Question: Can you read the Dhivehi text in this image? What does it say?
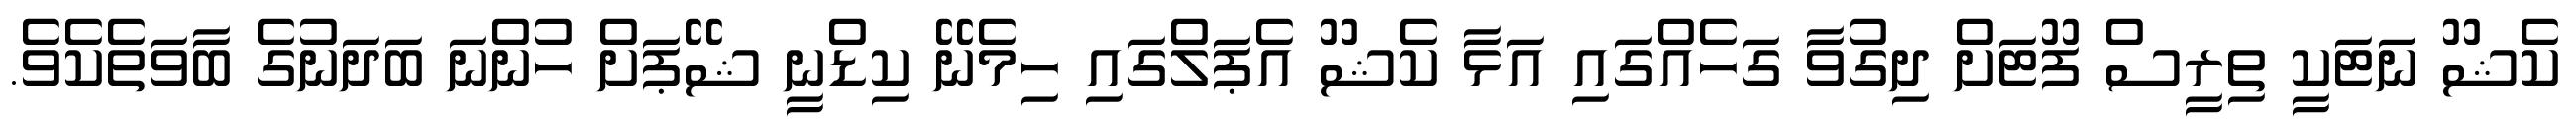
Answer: ކެޝޫ ނަޓަކީ ތިރީސް ފޫޓަށް ދިގުވާ ގަހެއްގައި އަޅާ ކެޝޫ އެޕަލްގައި ހިމެނޭ ކިޑްނީ ޝޭޕަށް ހުންނަ ބަދަނުގެ ބާވަތެކެވެ.